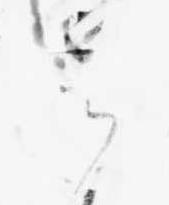
す